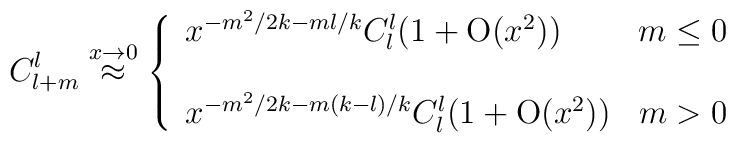
C^{l}_{l+m}\stackrel{x \rightarrow 0}{\approx}\left\{ \begin{array}{lc}x^{-m^{2}/2k-ml/k}C^{l}_{l}(1+{\rm O}(x^{2}))&m \leq 0\\  \\x^{-m^{2}/2k-m(k-l)/k}C^{l}_{l}(1+{\rm O}(x^{2}))&m>0\end{array}  \right.